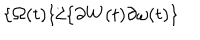
LaTeX: \{ \Omega ( t ) \} / \{ \partial W ( t ) \partial \omega ( t ) \}